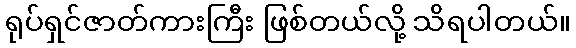
ရုပ်ရှင်ဇာတ်ကားကြီး ဖြစ်တယ်လို့ သိရပါတယ်။